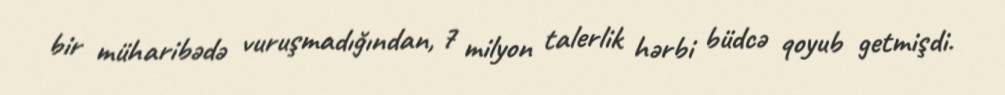
bir müharibədə vuruşmadığından, 7 milyon talerlik hərbi büdcə qoyub getmişdi.